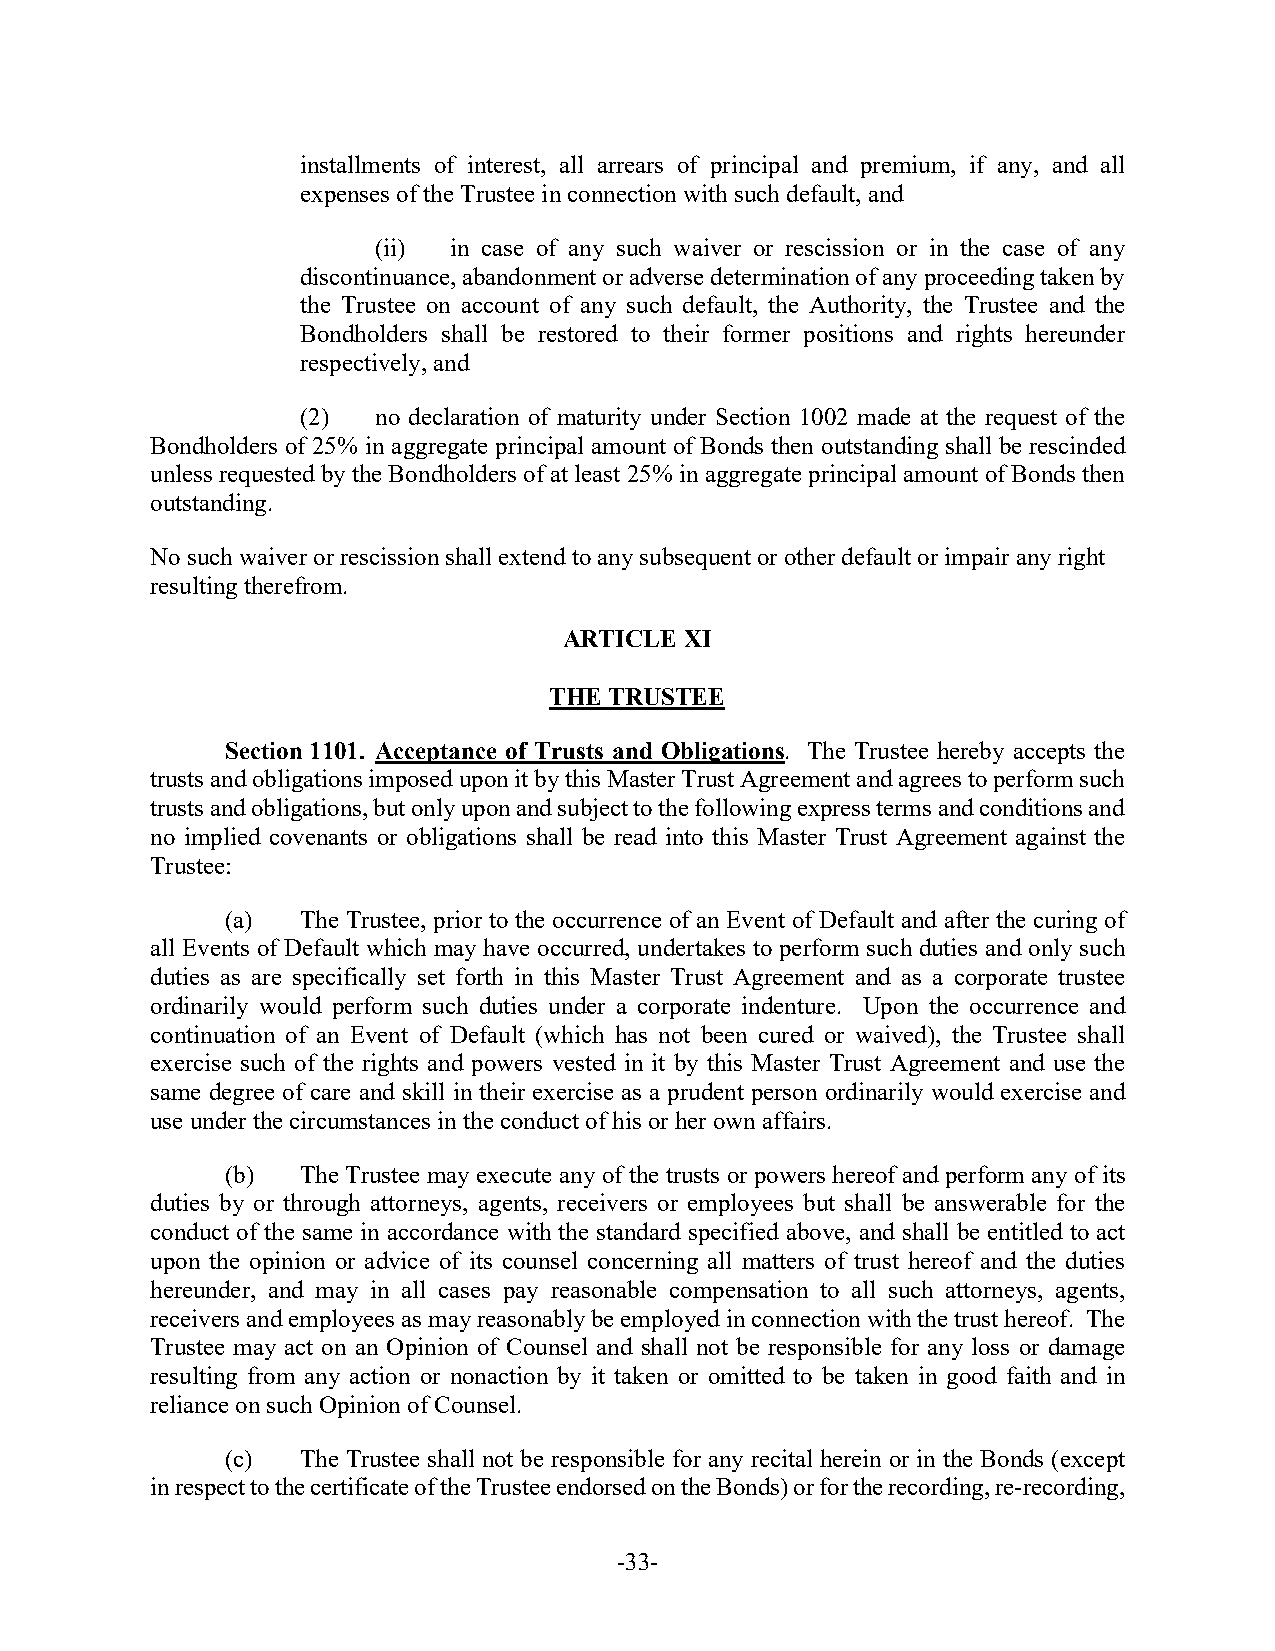
installments of interest, all arrears of principal and premium, if any, and all
 expenses of the Trustee in connection with such default, and
 (ii) in case of any such waiver or rescission or in the case of any
 discontinuance, abandonment or adverse determination of any proceeding taken by
 the Trustee on account of any such default, the Authority, the Trustee and the
 Bondholders shall be restored to their former positions and rights hereunder
 respectively, and
 (2)  no declaration of maturity under Section 1002 made at the request of the
 Bondholders of 25% in aggregate principal amount of Bonds then outstanding shall be rescinded
 unless requested by the Bondholders of at least 25% in aggregate principal amount of Bonds then
 outstanding.
 No such waiver or rescission shall extend to any subsequent or other default or impair any right
 resulting therefrom.
 ARTICLE XI
 THE TRUSTEE
 Section 1101. Acceptance of Trusts and Obligations. The Trustee hereby accepts the
 trusts and obligations imposed upon it by this Master Trust Agreement and agrees to perform such
 trusts and obligations, but only upon and subject to the following express terms and conditions and
 no implied covenants or obligations shall be read into this Master Trust Agreement against the
 Trustee:
 (a)  The Trustee, prior to the occurrence of an Event of Default and after the curing of
 all Events of Default which may have occurred, undertakes to perform such duties and only such
 duties as are specifically set forth in this Master Trust Agreement and as a corporate trustee
 ordinarily would perform such duties under a corporate indenture. Upon the occurrence and
 continuation of an Event of Default (which has not been cured or waived), the Trustee shall
 exercise such of the rights and powers vested in it by this Master Trust Agreement and use the
 same degree of care and skill in their exercise as a prudent person ordinarily would exercise and
 use under the circumstances in the conduct of his or her own affairs.
 (b)  The Trustee may execute any of the trusts or powers hereof and perform any of its
 duties by or through attorneys, agents, receivers or employees but shall be answerable for the
 conduct of the same in accordance with the standard specified above, and shall be entitled to act
 upon the opinion or advice of its counsel concerning all matters of trust hereof and the duties
 hereunder, and may in all cases pay reasonable compensation to all such attorneys, agents,
 receivers and employees as may reasonably be employed in connection with the trust hereof. The
 Trustee may act on an Opinion of Counsel and shall not be responsible for any loss or damage
 resulting from any action or nonaction by it taken or omitted to be taken in good faith and in
 reliance on such Opinion of Counsel.
 (c)  The Trustee shall not be responsible for any recital herein or in the Bonds (except
 in respect to the certificate of the Trustee endorsed on the Bonds) or for the recording, re-recording,
 -33-